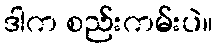
ဒါက စည်းကမ်းပဲ။